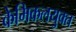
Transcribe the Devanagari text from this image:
केमिकलयुक्त